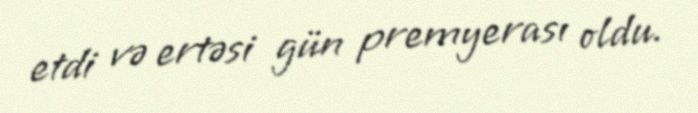
etdi və ertəsi gün premyerası oldu.